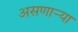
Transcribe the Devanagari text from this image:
असणार्‍या